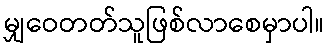
မျှဝေတတ်သူဖြစ်လာစေမှာပါ။